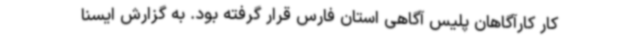
کار کارآگاهان پلیس آگاهی استان فارس قرار گرفته بود. به گزارش ایسنا